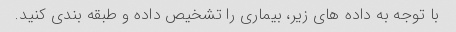
با توجه به داده های زیر، بیماری را تشخیص داده و طبقه بندی کنید.